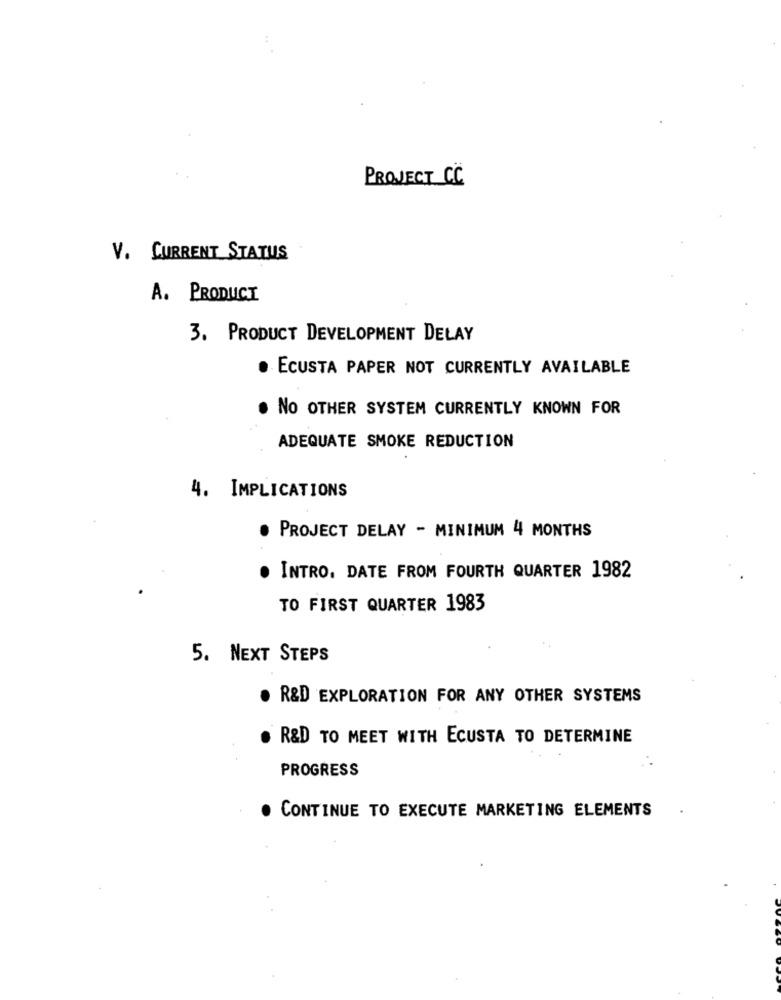
PROJECT CC
V. CURRENT STATUS
A. PRODUCT
3. PRODUCT DEVELOPMENT DELAY
· ECUSTA PAPER NOT CURRENTLY AVAILABLE
NO OTHER SYSTEM CURRENTLY KNOWN FOR
ADEQUATE SMOKE REDUCTION
4. IMPLICATIONS
PROJECT DELAY - MINIMUM 4 MONTHS
. INTRO, DATE FROM FOURTH QUARTER 1982
TO FIRST QUARTER 1983
5. NEXT STEPS
. R&D EXPLORATION FOR ANY OTHER SYSTEMS
. R&D TO MEET WITH ECUSTA TO DETERMINE
PROGRESS
CONTINUE TO EXECUTE MARKETING ELEMENTS